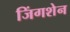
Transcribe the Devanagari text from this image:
जिंगशेन